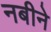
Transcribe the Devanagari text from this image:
नबीने